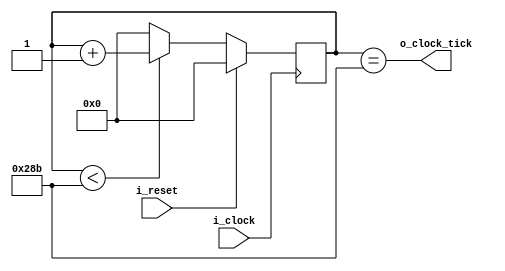
`timescale 1ns / 1ps

module baud_rate_generator
#(
    parameter   DATA_BITS   = 10        ,
    parameter   BAUD_RATE   = 9600      ,
    parameter   CLOCK_RATE  = 100000000
)
(
    input wire              i_clock     ,
    input wire              i_reset     ,

    output wire             o_clock_tick
);

    localparam NUM_TICKS        = 16;
    localparam CLOCK_RATE_TICK  = CLOCK_RATE / (BAUD_RATE * NUM_TICKS);

    reg     [DATA_BITS - 1 : 0] counter;
    wire    [DATA_BITS - 1 : 0] next_count;

    // --------------------------------------------------
    // Counter block
    // --------------------------------------------------
    assign next_count = counter < CLOCK_RATE_TICK ? counter + {{DATA_BITS-1{1'b0}}, 1'b1} : {DATA_BITS{1'b0}};

    always@(posedge i_clock) begin
        if(i_reset) begin
            counter <= {DATA_BITS{1'b0}};
        end
        else begin
            counter <= next_count;
        end
    end

    // --------------------------------------------------
    // Output tick block
    // --------------------------------------------------
    assign o_clock_tick = (counter == CLOCK_RATE_TICK);

endmodule